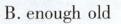
B.enough old